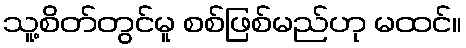
သူ့စိတ်တွင်မူ စစ်ဖြစ်မည်ဟု မထင်။